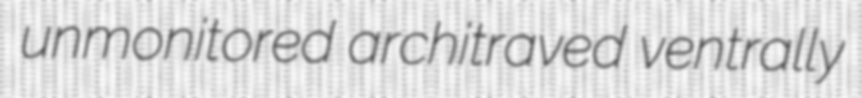
unmonitored architraved ventrally